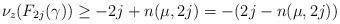
LaTeX: \begin{align*}\nu_z(F_{2j}(\gamma)) \geq -2j + n(\mu,2j) = -(2j - n(\mu,2j))\end{align*}